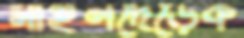
মাইলদেড়েক